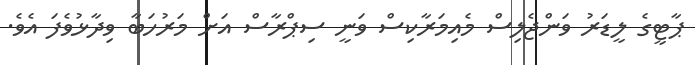
ޕާޓީގެ ލީޑަރު ވަންޖެލިސް މެއިމަރާކިސް ވަނީ ސިޕްރާސް އަށް މަރުހަބާ ވިދާޅުވެފަ އެވެ.